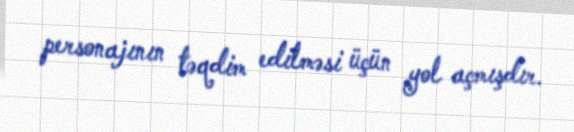
personajının təqdim edilməsi üçün yol açmışdır.